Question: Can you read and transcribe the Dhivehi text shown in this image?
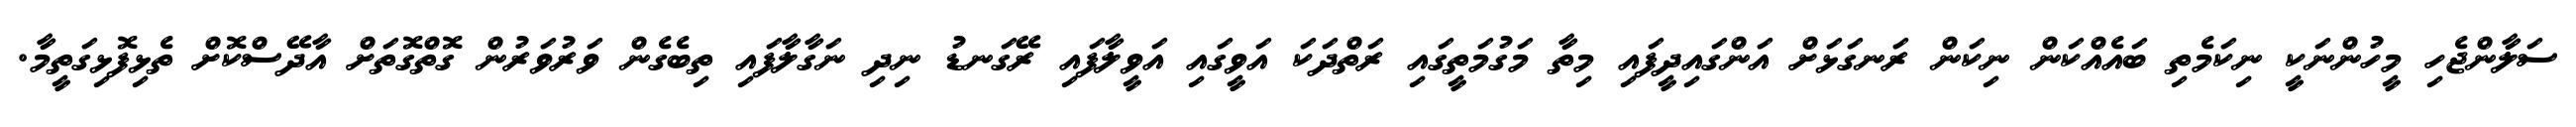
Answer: ސަލާންޖެހި މީހުންނަކީ ނިކަމެތި ބައެއްކަން ނިކަން ރަނގަޅަށް އަންގައިދީފައި މިތާ މަގުމަތީގައި ރަތްދަކަ އަވީގައި އަވީލާފައި ރޭގަނޑު ނިދި ނަގާލާފައި ތިބެގެން ވަރުވަރުން ގޮތްގޮތަށް އާދޭސްކޮށް ތެޅިފޮޅިގަތީމާ.